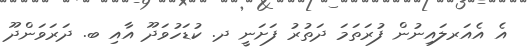
އެ އެއަރލައިނުން ފުރަތަމަ ދަތުރު ފަށަނީ ދ. ކުޑަހުވަދޫ އާއި ބ. ދަރަވަންދޫ